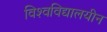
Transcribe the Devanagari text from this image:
विश्‍वविद्यालयीन